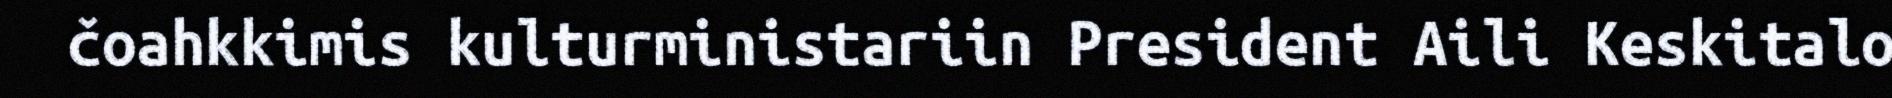
čoahkkimis kulturministariin President Aili Keskitalo